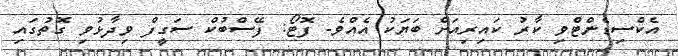
އެކްސިޑެންޓްވި ކާރު ކައިރިއަށް ބަޔަކު އެއްވެ- ފޮޓޯ: ފޭސްބުކް ސަގީފް ވިދާޅުވި ގޮތުގައި